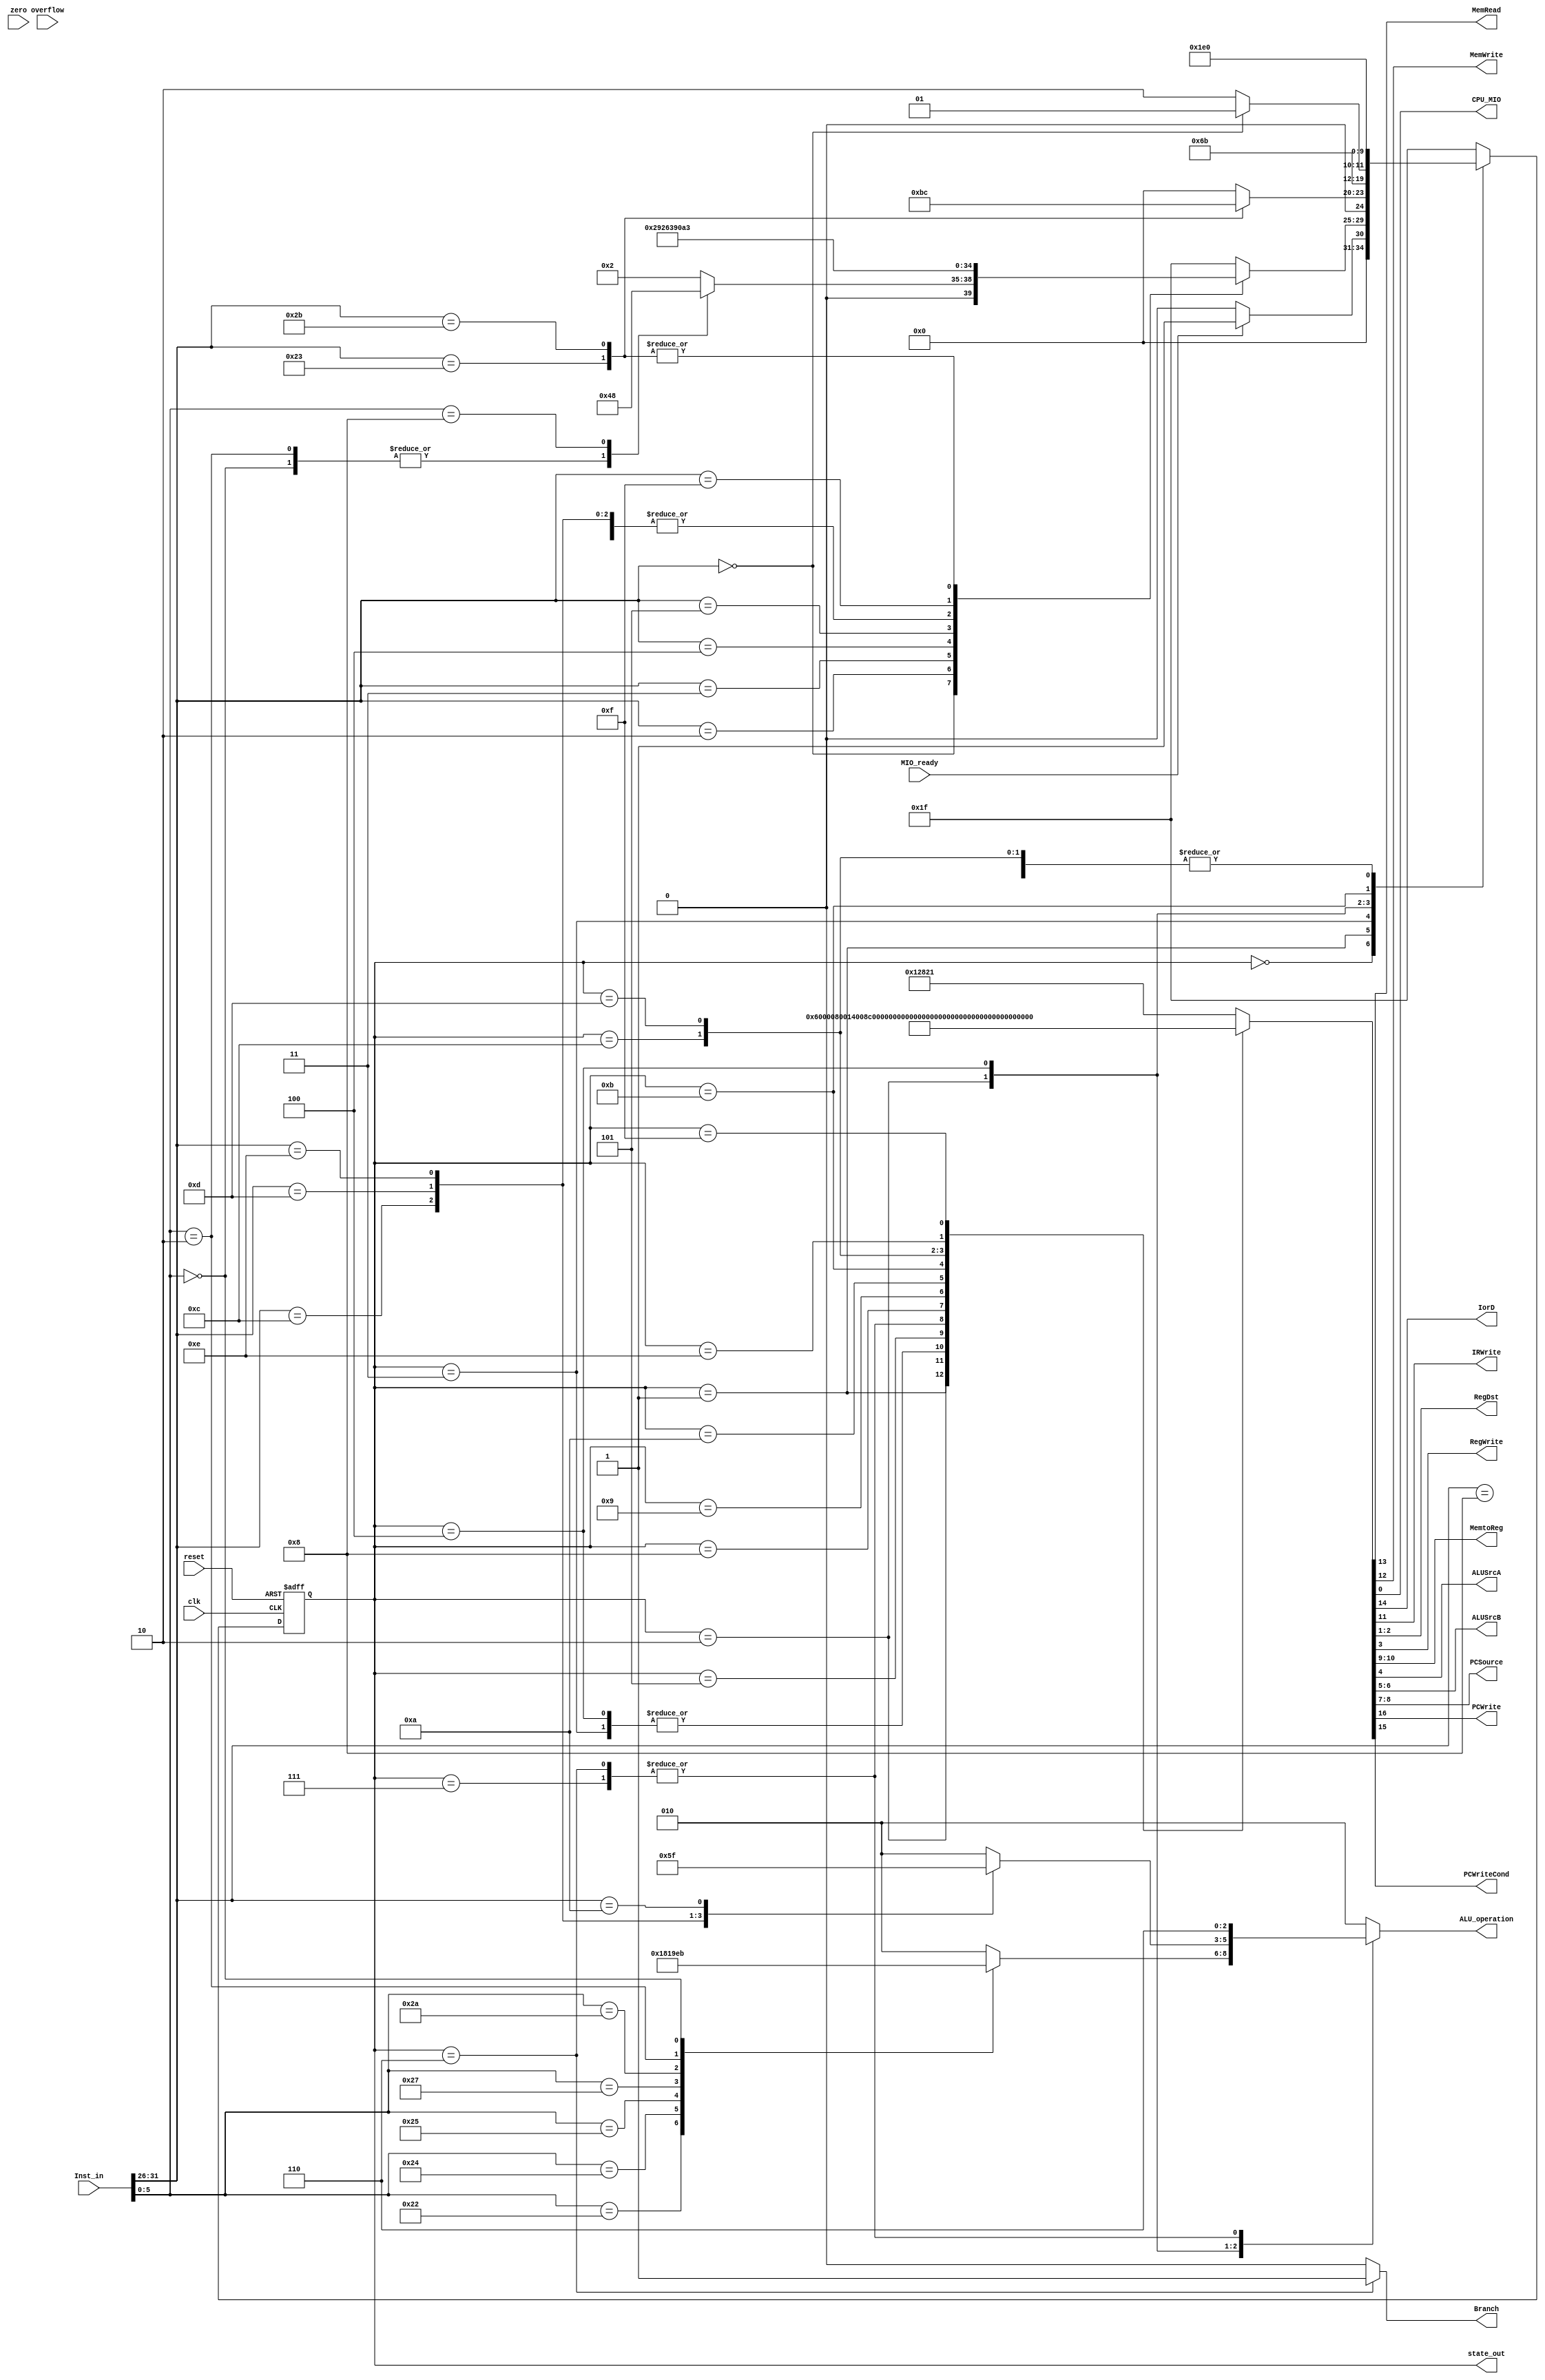
`timescale 1ns / 1ps
//////////////////////////////////////////////////////////////////////////////////
// Company: 
// Engineer: 
// 
// Design Name: 
// Module Name:    ctrl 
// Project Name: 
// Target Devices: 
// Tool versions: 
// Description: 
//
// Dependencies: 
//
// Revision: 
// Revision 0.01 - File Created
// Additional Comments: 
//
//////////////////////////////////////////////////////////////////////////////////
module ctrl(input  clk,
				input  reset,
				input  [31:0] Inst_in,
				input  zero,
				input  overflow,
				input  MIO_ready,
				output reg MemRead,
				output reg MemWrite,
				output reg[2:0]ALU_operation,
				output [4:0]state_out,
				
				output reg CPU_MIO,
				output reg IorD,
				output reg IRWrite,
				output reg [1:0]RegDst,
				output reg RegWrite,
				output reg [1:0]MemtoReg,
				output reg ALUSrcA,
				output reg [1:0]ALUSrcB,
				output reg [1:0]PCSource,
				output reg PCWrite,
				output reg PCWriteCond,
				output reg Branch
				);
				
reg [4:0] Q;
assign state_out = Q;

parameter IF = 5'b00000, 
			 ID = 5'b00001, 
			 EX_R = 5'b00010, 
			 EX_Mem = 5'b00011, 
			 EX_I = 5'b00100, 
			 Lui_WB = 5'b00101, 
			 EX_beq = 5'b00110, 
			 EX_bne = 5'b00111, 
			 EX_jr = 5'b01000, 
			 EX_JAL = 5'b01001, 
			 Exe_J = 5'b01010, 
			 MEM_RD = 5'b01011, 
			 MEM_WD = 5'b01100, 
			 WB_R = 5'b01101, 
			 WB_I = 5'b01110, 
			 WB_LW = 5'b01111, 
			 Error = 5'b11111;

`define Datapath_signals{PCWrite, PCWriteCond,IorD, MemRead, MemWrite,IRWrite, MemtoReg, PCSource, ALUSrcB,ALUSrcA,  RegWrite, RegDst, CPU_MIO}

parameter value0 = 17'h12821,	value1 = 17'h00060,
			value2 = 17'h00050,	value3 = 17'h06001,
	       value4 = 17'h00208,	value5 = 17'h05001,
	       value6 = 17'h00010,	value7 = 17'h0001A,
	       value8 = 17'h08090,	value9 = 17'h10160,
		   valueA = 17'h00050, valueB = 17'h00058,
		   valueC = 17'h00468, valueD = 17'h08090,
		   valueE = 17'h10010, valueF = 17'h1076C;
			 
parameter AND=3'b000, OR=3'b001, ADD=3'b010, 
			SUB=3'b110, NOR=3'b100, SLT=3'b111, 
				XOR=3'b011, SRL=3'b101;
		  
always @ * begin
	case(Q)				//state
		IF: begin `Datapath_signals = value0; ALU_operation = ADD; Branch = 0;end
		ID:	begin `Datapath_signals = value1; ALU_operation = ADD; Branch = 0;end
		EX_Mem: begin `Datapath_signals = value2; ALU_operation = ADD; Branch = 0;end
		EX_R:   begin `Datapath_signals = value6; Branch = 0; 
				 	case (Inst_in[5:0]) 
						6'b100000: ALU_operation = ADD;
						6'b100010: ALU_operation = SUB;
						6'b100100: ALU_operation = AND;
						6'b100101: ALU_operation = OR;
						6'b100111: ALU_operation = NOR;
						6'b101010: ALU_operation = SLT;
						6'b000010: ALU_operation = SRL;       //shfit 1bit right
						6'b000000: ALU_operation = XOR;	
						6'b001000: ALU_operation = ADD;
						default:   ALU_operation = ADD;
					endcase
				end
		EX_I:begin `Datapath_signals = valueA;  Branch = 0;
			 	case(Inst_in[31:26])
					6'b001000: ALU_operation = ADD;  	//Addi
            		6'b001100: ALU_operation = AND;  	//Andi
            		6'b001101: ALU_operation = OR;  	//Ori
            		6'b001110: ALU_operation = XOR;  	//Xori
            		6'b001010: ALU_operation = SLT;  	//Slti
            		default:   ALU_operation = ADD;
				endcase
			 end//

		Lui_WB:begin `Datapath_signals = valueC; ALU_operation = ADD; Branch = 0;end//

		EX_beq:begin `Datapath_signals = value8; ALU_operation = SUB; Branch = 1; end//
		EX_bne:begin `Datapath_signals = valueD; ALU_operation = SUB; Branch = 0;end//

		EX_jr:begin `Datapath_signals = valueE; ALU_operation = ADD; Branch = 0;end//
		EX_JAL:begin `Datapath_signals = valueF; ALU_operation = ADD; Branch = 0;end//
		Exe_J:begin `Datapath_signals = value9; ALU_operation = ADD; Branch = 0;end//
		MEM_RD: begin `Datapath_signals = value3; ALU_operation = ADD; Branch = 0;end//
		MEM_WD:begin `Datapath_signals = value5; ALU_operation = ADD; Branch = 0;end//
		WB_R:begin `Datapath_signals = value7; ALU_operation = ADD; Branch = 0;end//
		WB_I:begin `Datapath_signals = valueB; ALU_operation = ADD; Branch = 0;end//
		WB_LW: begin `Datapath_signals = value4; ALU_operation = ADD; Branch = 0;end//
		default: begin `Datapath_signals = value0; ALU_operation = ADD; Branch = 0;end
	endcase
end

always @ (posedge clk or posedge reset) begin
		if (reset==1) Q <= IF;  	        
		else
			case(Q) 
				IF: begin if(MIO_ready) Q <= ID;
					else Q <= IF;
					end
				ID: begin
						case(Inst_in[31:26])
							6'b000000: begin
										case(Inst_in[5:0])
											6'b000000: Q<=EX_I;	//SLL
											6'b000010: Q<=EX_I;	//SRL
											6'b001000: Q <= EX_jr; // jr
											default: Q <= EX_R; // R
										endcase
									end
							6'b000010: Q <= Exe_J; // j
							6'b000011: Q <= EX_JAL;// jal		
							6'b000100: Q <= EX_beq; // beq
							6'b000101: Q <= EX_bne; // bne
							6'b001000: Q <= EX_I; // addi
							6'b001010: Q <= EX_I; // slti
							6'b001100: Q <= EX_I;// andi
							6'b001101: Q <= EX_I;// ori
							6'b001110: Q <= EX_I;// xori
							6'b001111: Q <= Lui_WB;// lui
							6'b100011: Q <= EX_Mem; // lw
							6'b101011: Q <= EX_Mem; // sw
							default: Q <= Error;
						endcase
					end
				EX_Mem:	begin
							case(Inst_in[31:26]) 
								6'b100011: Q <= MEM_RD; // lw
								6'b101011: Q <= MEM_WD; // sw
								default: Q <= IF;
								endcase
						end
				EX_R:	begin
							Q <= WB_R;
						end
				EX_I:
						if(Inst_in[31:26]==0)
							Q<=WB_R;
						else Q<=WB_I;
				Lui_WB:	Q <= IF;
				EX_beq: Q <= IF;
				EX_bne: Q <= IF;
				EX_jr:  Q <= IF;
				EX_JAL: Q <= IF;
				Exe_J:  Q <= IF;
				MEM_RD: begin
							//if(MIO_ready) Q <= WB_LW;
							//else Q <= MEM_RD;
							Q <= WB_LW;
						end
				MEM_WD: begin
							//if (MIO_ready) Q <= IF;
							//else Q <= MEM_WD;
							Q <= IF;
						end
				WB_R:	begin
							Q <= IF;
						end
				WB_I:   begin
							Q <= IF;
						end
				WB_LW: 	begin
							Q <= IF;
						end
				Error: Q <= Error;
				default: Q <= Error;
			endcase
end

endmodule